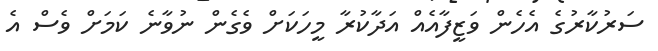
ސަރުކާރުގެ އެހެން ވަޒީފާއެއް އަދާކުރާ މީހަކަށް ވެގެން ނުވާނެ ކަމަށް ވެސް އެ